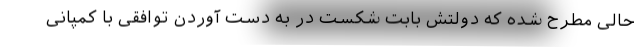
حالی مطرح شده که دولتش بابت شکست در به دست آوردن توافقی با کمپانی